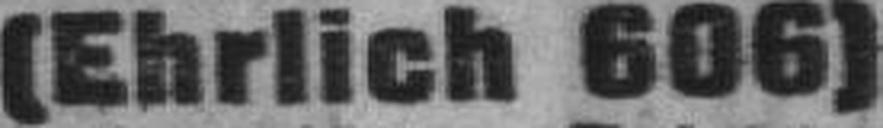
(Ehrlich 606)